Leaving Certificate Examination, 1917, 1917
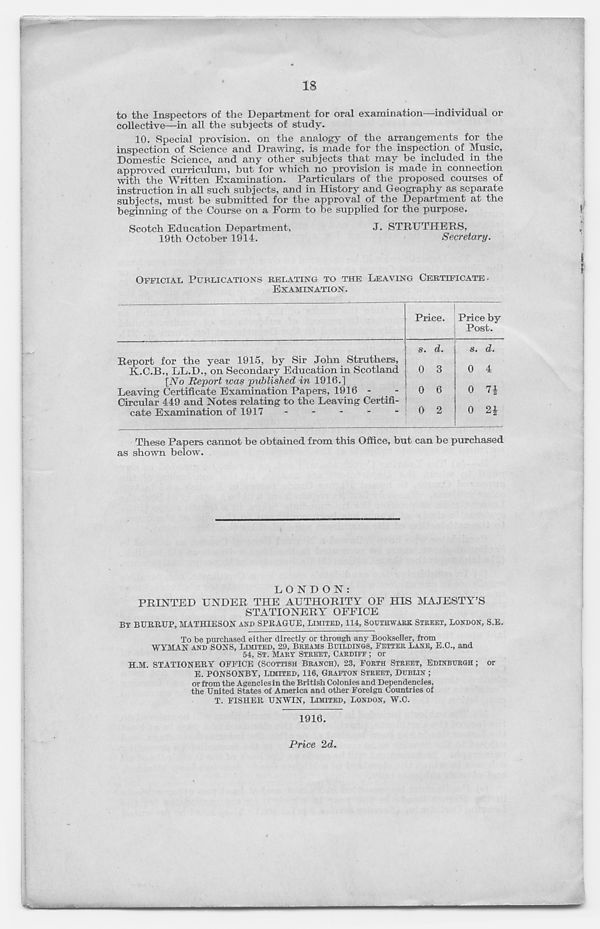
18
to the Inspectors of the Department for oral examination—individual or
collective—in all the subjects of study.
10. Special provision, on the analogy of the arrangements for the
inspection of Science and Drawing, is made for the inspection of Music,
Domestic Science, and any other subjects that may be included in the
approved curriculum, but for which no provision is made in connection
with the Written Examination. Particulars of the proposed courses of
instruction in all such subjects, and in History and Geography as separate
subjects, must be submitted for the approval of the Department at the
beginning of the Course on a Form to be supplied for the purpose.
Scotch Education Department,
J. STRUTITERS,
19th October 1914.
Secretary.
OFFICIAL PUBLICATIONS RELATING TO THE LEAVING CERTIFICATE-
EXAMINATION.
Price. Price by
Post.
Report for the year 1915, by Sir John Struthers,
K.C.B., LL.D., on Secondary Education in Scotland
[iVo Report was published in 1916.]
Leaving Certificate Examination Papers, 1916 -
Circular 449 and Notes relating to the Leaving Certifi-
cate Examination of 1917
-
-
-
-
-
These Papers cannot be obtained from this Office, but can be purchased
as shown below.
LONDON:
PRINTED UNDER THE AUTHORITY OF HIS MAJESTY’S
STATIONERY OFFICE
BY BTJRRUP, MATHIESON AND SPRAGUE, LIMITED, 114, SOUTHWARK STREET, LONDON, S.E.
To be purchased either directly or through any Bookseller, from
WYMAN AND SONS, LIMITED, 29, BREAMS BUILDINGS, FETTER LANE, E.C., and
54, ST. MARY STREET, CARDIFF ; or
H.M. STATIONERY OFFICE (SCOTTISH BRANCH), 23, FORTH STREET, EDINBURGH ; or
E. PONSONBY, LIMITED, 116, GRAFTON STREET, DUBLIN ;
or from the Agencies in the British Colonies and Dependencies,
the United States of America and other Foreign Countries of
T. FISHER UNWIN, LIMITED, LONDON, W.C.
1916.
Price 2d.